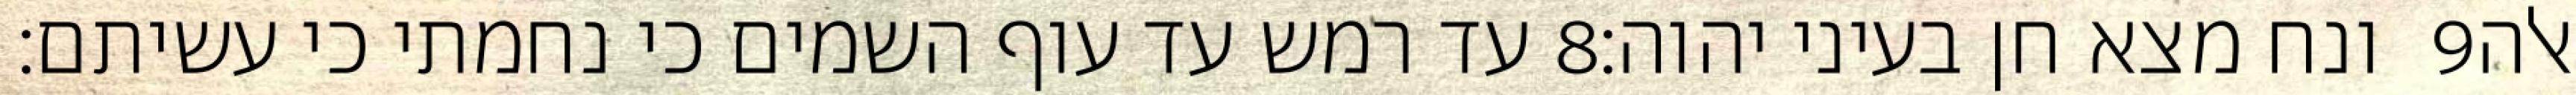
עד רמש עד עוף השמים כי נחמתי כי עשיתם׃ ‎8‏ ונח מצא חן בעיני יהוה׃ ‎9‏ אלה